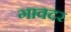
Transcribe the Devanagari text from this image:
गावदर